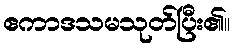
ဧကာဒသမသုတ်ပြီး၏။